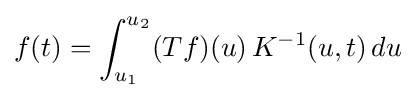
f(t)=\int _{u_{1}}^{u_{2}}(Tf)(u)\,K^{-1}(u,t)\,du